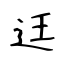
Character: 迋